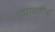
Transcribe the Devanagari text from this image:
पद्मावतीचा